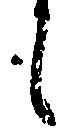
も